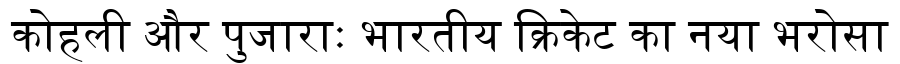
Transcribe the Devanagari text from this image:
कोहली और पुजाराः भारतीय क्रिकेट का नया भरोसा